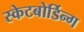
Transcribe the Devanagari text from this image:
स्केटबोर्डिन्ग